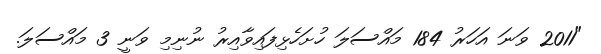
"2011 ވަނަ އަހަރު 184 މައްސަލަ ހުށަހެޅިފައިވާއިރު ނުނިމި ވަނީ 3 މައްސަލަ.